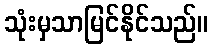
သုံးမှသာမြင်နိုင်သည်။